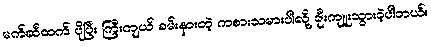
မက်ဆီထက် ပိုပြီး ကြီးကျယ် ခမ်းနားတဲ့ ကစားသမားပါလို့ ချီးကျူးသွားခဲ့ပါတယ်။